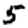
Digit: 5